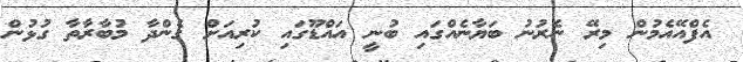
އެފްއޭއެމުން މިރޭ ނެރުނު ބަޔާނެއްގައި ބުނީ އައްޑޫގައި ކުރިއަށް ގެންދާ މުބާރާތާ ގުޅުން